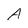
Character: A